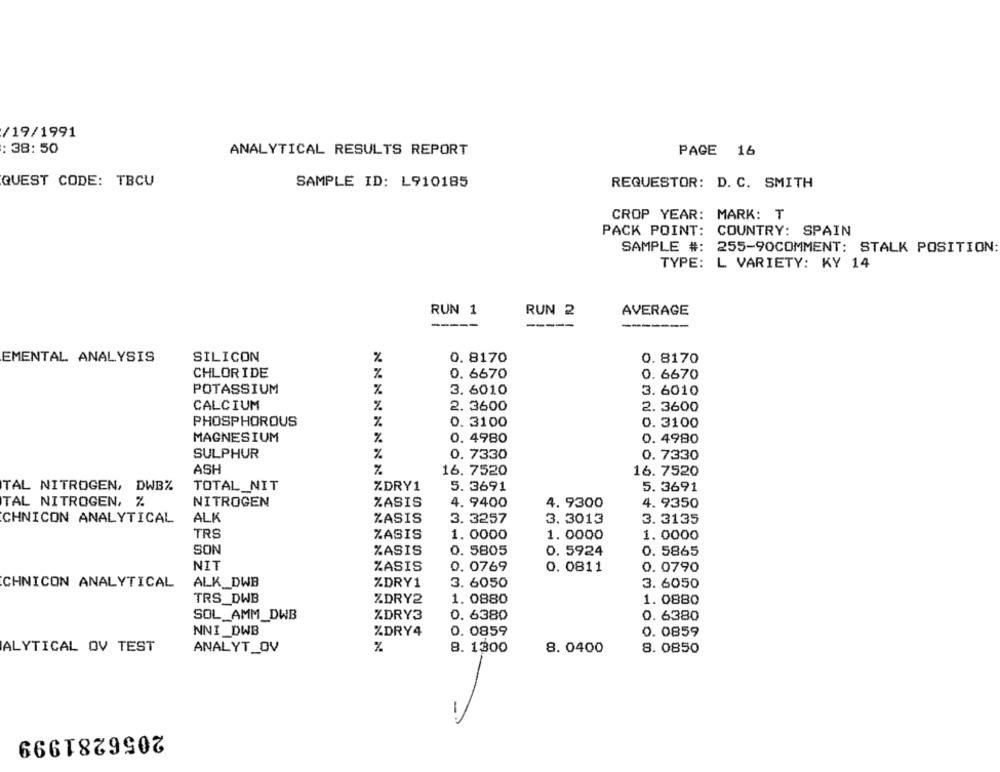
/19/1991
: 38: 50
ANALYTICAL RESULTS REPORT
PAGE 16
QUEST CODE: TBCU
SAMPLE ID: L910185
REQUESTOR: D. C. SMITH
CROP YEAR: MARK: T
PACK POINT: COUNTRY: SPAIN
SAMPLE #: 255-90COMMENT: STALK POSITION:
TYPE: L VARIETY: KY 14
RUN 1
RUN 2
AVERAGE
----
-----
EMENTAL ANALYSIS
SILICON
%
0. 8170
0. 8170
CHLORIDE
%
0. 6670
0. 6670
POTASSIUM
%
3. 6010
3. 6010
CALCIUM
%
2. 3600
2.3600
PHOSPHOROUS
%
0. 3100
0. 3100
OmNo
MAGNESIUM
0. 4980
0. 4980
%
SULPHUR
%
0. 7330
0. 7330
ASH
%
16. 7520
16. 7520
TOTAL_NIT
ZDRY1
5. 3691
TAL NITROGEN, DWBZ
5. 3691
TAL NITROGEN, %
NITROGEN
ZASIS
4. 9400
4. 9300
4. 9350
ALK
CHNICON ANALYTICAL
ZASIS
3. 3257
3. 3013
3. 3135
TRS
ZASIS
1. 0000
1.0000
1.0000
SON
%ASIS
0. 5805
0. 5924
0. 5865
NIT
ZASIS
0. 0769
0. 0811
0. 0790
CHNICON ANALYTICAL
ALK_DWB
ZDRY1
3. 6050
3. 6050
TRS_DWB
ZDRY2
1. 0880
1. 0880
SOL_AMM_DWB
%DRY3
0. 6380
0. 6380
NNI _DWB
%DRY4
0. 0859
0.0859
ALYTICAL OV TEST
%
8. 1300
8. 0850
ANALYT_OV
8. 0400
2056281999